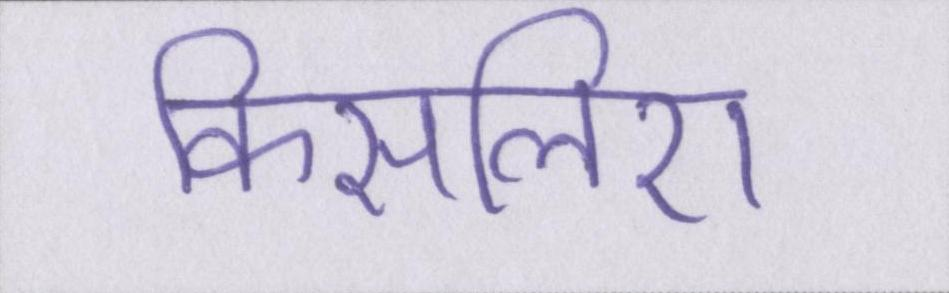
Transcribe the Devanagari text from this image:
किसलिए